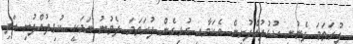
ފުރަތަމަ ފެނުނީ ކުޅުދުއްފުށިން އެކަމާއި ގުޅިގެން ފުރަތަމަ ދެވުނު ނަމަކީ ކުޅިދުއްފުށި އަދި